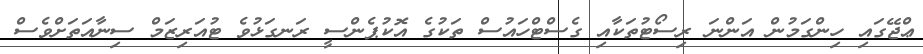
ޢްޖޭގައި ހިންގަމުން އަންނަ ރިސޯޓުތަކާއި ގެސްޓްހައުސް ތަކުގެ އޮކުޕެންސީ ރަނގަޅުވެ ޓުއަރިޒަމް ސިނާއަތަށްވެސް